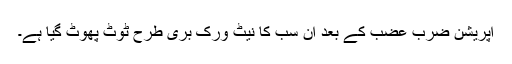
آپریشن ضرب عضب کے بعد ان سب کا نیٹ ورک بری طرح ٹوٹ پھوٹ گیا ہے۔